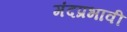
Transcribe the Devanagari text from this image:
मंदप्रभावी